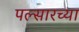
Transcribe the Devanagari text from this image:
पल्सारच्या